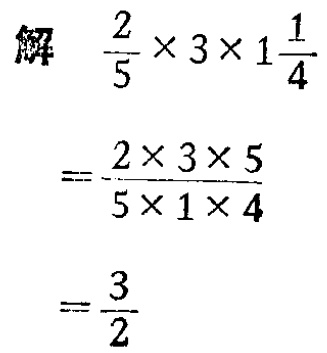
解

\[

\begin{align*}

&\frac{2}{5} \times 3\times 1\frac{1}{4}\\

=&\frac{2\times 3\times 5}{5\times 1\times 4}\\

=&\frac{3}{2}

\end{align*}

\]